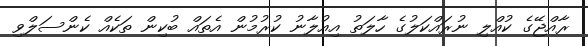
ރާއްޖޭގެ ކުއްލި ނުރައްކަލުގެ ހާލަތު އިއުލާނު ކުރުމުން އެތައް ބުކިން ތަކެއް ކެންސަލްވި